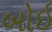
બોઇ